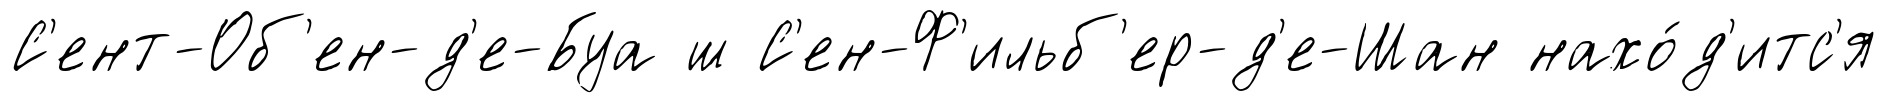
С'ент-Об'ен-д'е-Буа ш С'ен-Ф'ильб'ер-д'е-Шан нахо́д'итс'я